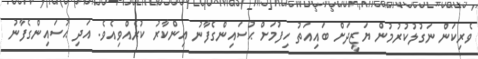
ވެރިކަން ނަގުލުކުރުމުން ޔަޒީދަށް ބައިއަތު ހިފުމަށް ޙުސައިންގެފާނު އިންކާރު ކުރެއްވިއެވެ. އަދި ޙުސައިންގެފާނު